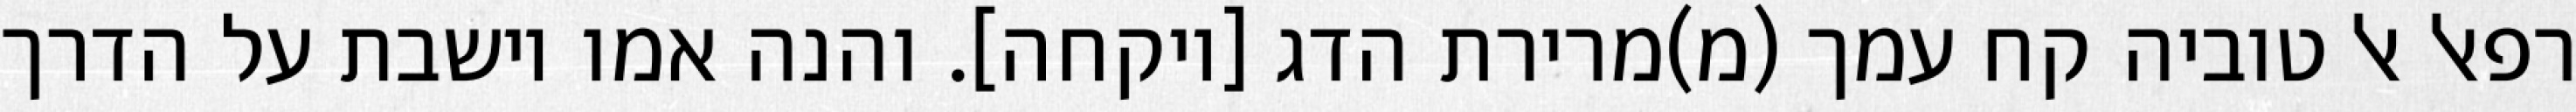
רפאל אל טוביה קח עמך (מ)מרירת הדג [ויקחה]. והנה אמו יושבת על הדרך